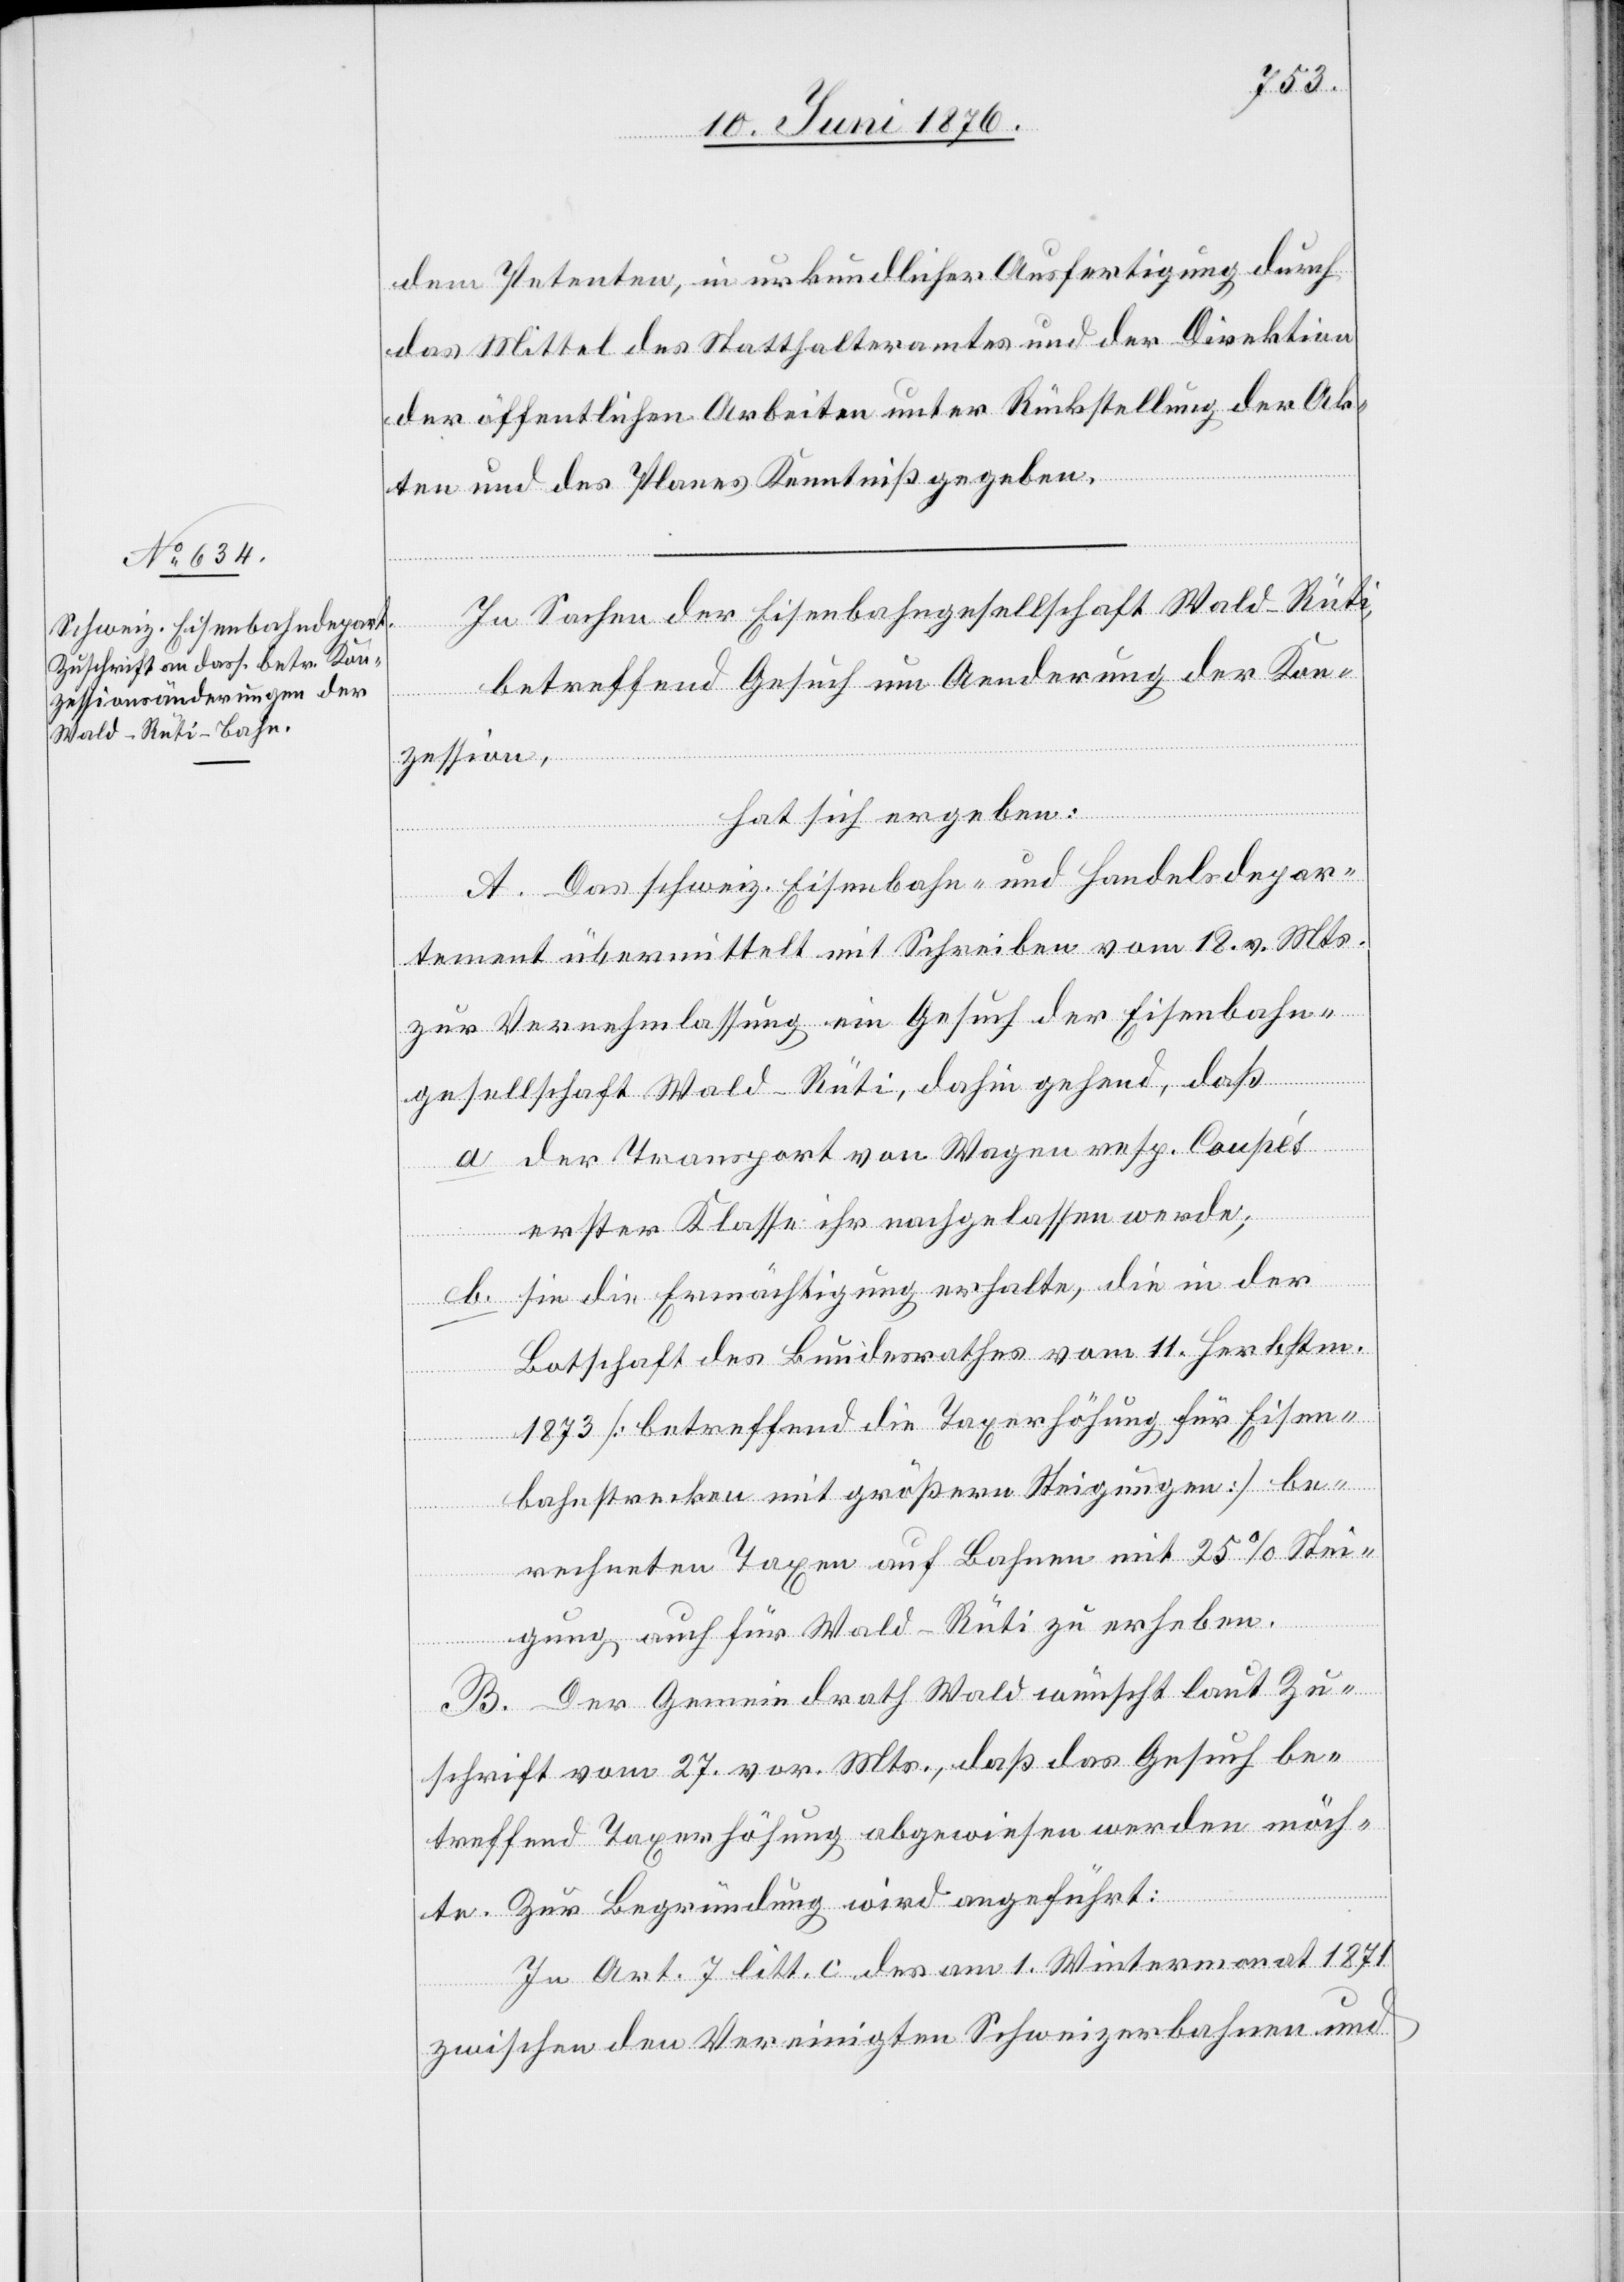
dem Petenten, in urkundlicher Ausfertigung durch
das Mittel des Statthalteramtes und der Direktion
der öffentlichen Arbeiten unter Rückstellung der Ak¬
nat
ten und des Planes Kenntniß gegeben.
In Sachen der Eisenbahngesellschaft Wald–Rüti,
betreffend Gesuch um Aenderung der Kon¬
zession,
hat sich ergeben:
A. Das schweiz. Eisenbahn- und Handelsdepar¬
tement übermittelt mit Schreiben vom 18. v. Mts.
zur Vernehmlassung ein Gesuch der Eisenbahn¬
gesellschaft Wald–Rüti, dahin gehend, daß
a. der Transport von Wagen resp. Coupés
erster Klasse ihr nachgelassen werde;
b. sie die Ermächtigung erhalte, die in der
Botschaft des Bundesrathes vom 11. Herbstmo¬
1873 [betreffend die Taxerhöhung für Eisen¬
bahnstrecken mit größern Steigungen] be¬
rechneten Taxen auf Bahnen mit 25 % Stei¬
gung auch für Wald–Rüti erheben.
B. Der Gemeindrath Wald wünscht laut Zu¬
schrift vom 27. vor. Mts., daß das Gesuch be¬
treffend Taxerhöhung abgewiesen werden möch¬
te. Zur Begründung wird angeführt:
In Art. 7 litt. c des am 1. Wintermonat 1871
zwischen den Vereinigten Schweizerbahnen und